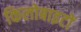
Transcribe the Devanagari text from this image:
किलोबाइटों